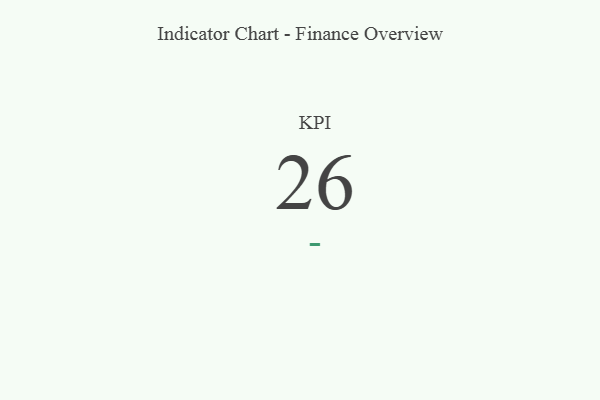
{"axis": {"x": "KPI", "y": "Value"}, "legend": [""], "data": [{"x": "KPI", "y": 26, "type": ""}]}